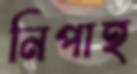
নিপাহ